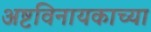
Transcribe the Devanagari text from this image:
अष्टविनायकाच्या